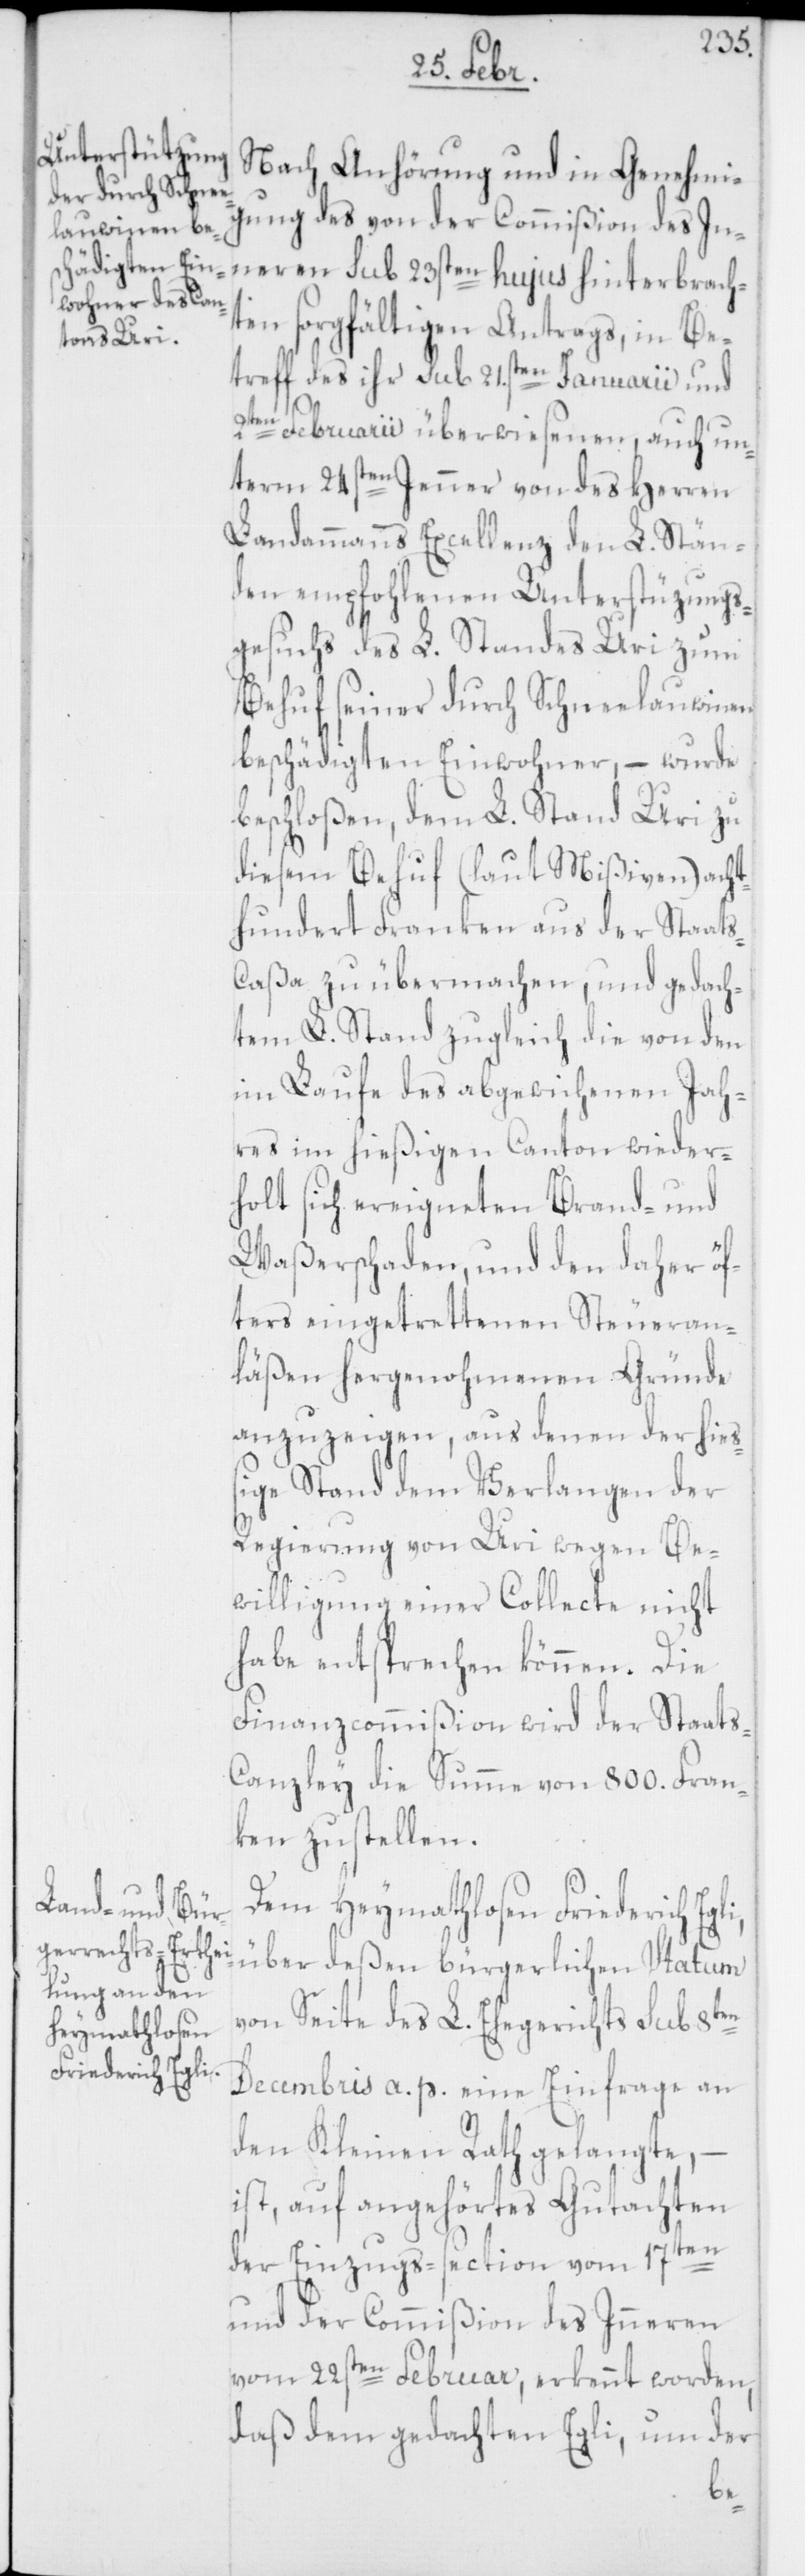
heymathlosen
Friedrich Egli,

Nach Anhörung und in Genehmi¬
gung des von der Commißion des In¬
neren sub 23sten hujus hinterbrach¬
ten sorgfältigen Antrags, in Be¬
treff des ihr sub 21.sten Januarii und
Dem
Februarii überwiesenen, auch un¬
term 24sten Jenner von des Herren
Landammanns Excellenz den L. Stän¬
den empfohlenen Unterstüzungs¬
gesuch des L. Standes Uri zum
Behuf seiner durch Schneelauwinen
beschädigten Einwohner, – wurde
beschloßen, dem L. Stand Uri zu
diesem Behuf (laut Mißiven) acht¬
hundert Franken aus der Staat¬
s-Caßa zu übermachen, und gedach¬
tem L. Stand zugleich die von den
im Laufe des abgewichenen Jah¬
res im hießigen Canton wieder¬
holt sich ereigneten Brand- und
Waßerschaden, und den daher öf¬
ters eingetrettenen Steueran¬
läßen hergenohmenen Gründe
anzuzeigen, aus denen der hieß¬
ige Stand dem Verlangen der
Regierung von Uri wegen Be¬
willigung einer Collecte nicht
habe entsprechen können. Die
Finanzcommißion wird der Staats-C¬
anzley die Summe von 800. Fran¬
ken zustellen.
über deßen bürgerlichen Statum
von Seite des L. Ehegerichts sub 8ten
Decembris a. p. eine Einfrage an
den Kleinen Rath gelangte, –
ist, auf angehörtes Gutachten
der Einzugs-Section vom 17ten
und der Commißion des Inneren
vom 22sten Februar, erkennt worden,
daß dem gedachten Egli, um der